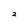
Character: 2